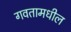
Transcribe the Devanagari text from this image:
गवतामधील